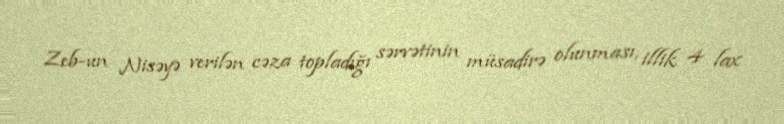
Zeb-un Nisəyə verilən cəza topladığı sərvətinin müsadirə olunması, illik 4 lax